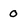
Character: 0